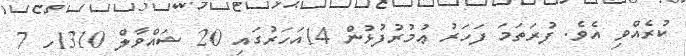
ކުރެއްވި އެވެ. ފުރަތަމަ ފަހަރު ޢުމުރުފުޅުން 14އަހަރުގައި 20 ޝައްވާލް 1310ހ 7